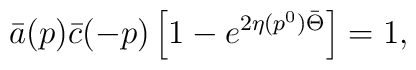
\bar{a}(p)\bar{c}(-p)\left[1- e^{2\eta(p^0)\bar{\Theta}}\right]=1,